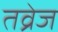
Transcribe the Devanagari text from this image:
तव्रेज